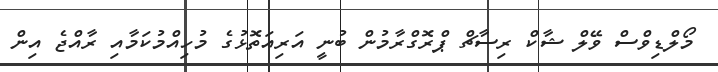
މޯލްޑިވްސް ވޭލް ޝާކް ރިސާޗް ޕްރޮގްރާމުން ބުނީ އަރިއަތޮޅުގެ މުހިއްމުކަމާއި ރާއްޖެ އިން